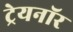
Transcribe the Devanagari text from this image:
ट्रेयनॉर